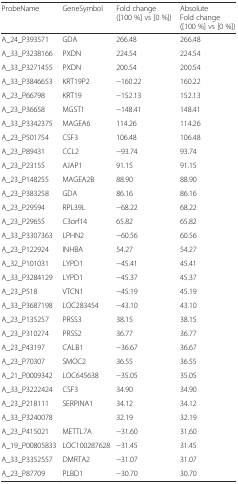
<table><thead><tr><td><b>ProbeName</b></td><td><b>GeneSymbol</b></td><td><b>Fold change ([100 %] vs [0 %])</b></td><td><b>Absolute Fold change ([100 %] vs [0 %])</b></td></tr></thead><tbody><tr><td>A_24_P393571</td><td>GDA</td><td>266.48</td><td>266.48</td></tr><tr><td>A_33_P3238166</td><td>PXDN</td><td>224.54</td><td>224.54</td></tr><tr><td>A_33_P3271455</td><td>PXDN</td><td>200.54</td><td>200.54</td></tr><tr><td>A_33_P3846653</td><td>KRT19P2</td><td>−160.22</td><td>160.22</td></tr><tr><td>A_23_P66798</td><td>KRT19</td><td>−152.13</td><td>152.13</td></tr><tr><td>A_23_P36658</td><td>MGST1</td><td>−148.41</td><td>148.41</td></tr><tr><td>A_33_P3342375</td><td>MAGEA6</td><td>114.26</td><td>114.26</td></tr><tr><td>A_23_P501754</td><td>CSF3</td><td>106.48</td><td>106.48</td></tr><tr><td>A_23_P89431</td><td>CCL2</td><td>−93.74</td><td>93.74</td></tr><tr><td>A_23_P23155</td><td>AJAP1</td><td>91.15</td><td>91.15</td></tr><tr><td>A_23_P148255</td><td>MAGEA2B</td><td>88.90</td><td>88.90</td></tr><tr><td>A_23_P383258</td><td>GDA</td><td>86.16</td><td>86.16</td></tr><tr><td>A_23_P29594</td><td>RPL39L</td><td>−68.22</td><td>68.22</td></tr><tr><td>A_23_P29655</td><td>C3orf14</td><td>65.82</td><td>65.82</td></tr><tr><td>A_33_P3307363</td><td>LPHN2</td><td>−60.56</td><td>60.56</td></tr><tr><td>A_23_P122924</td><td>INHBA</td><td>54.27</td><td>54.27</td></tr><tr><td>A_32_P101031</td><td>LYPD1</td><td>−45.41</td><td>45.41</td></tr><tr><td>A_33_P3284129</td><td>LYPD1</td><td>−45.37</td><td>45.37</td></tr><tr><td>A_23_P518</td><td>VTCN1</td><td>−45.19</td><td>45.19</td></tr><tr><td>A_33_P3687198</td><td>LOC283454</td><td>−43.10</td><td>43.10</td></tr><tr><td>A_23_P135257</td><td>PRSS3</td><td>38.15</td><td>38.15</td></tr><tr><td>A_23_P310274</td><td>PRSS2</td><td>36.77</td><td>36.77</td></tr><tr><td>A_23_P43197</td><td>CALB1</td><td>−36.67</td><td>36.67</td></tr><tr><td>A_23_P70307</td><td>SMOC2</td><td>36.55</td><td>36.55</td></tr><tr><td>A_21_P0009342</td><td>LOC645638</td><td>−35.05</td><td>35.05</td></tr><tr><td>A_33_P3222424</td><td>CSF3</td><td>34.90</td><td>34.90</td></tr><tr><td>A_23_P218111</td><td>SERPINA1</td><td>34.12</td><td>34.12</td></tr><tr><td>A_33_P3240078</td><td></td><td>32.19</td><td>32.19</td></tr><tr><td>A_23_P415021</td><td>METTL7A</td><td>−31.60</td><td>31.60</td></tr><tr><td>A_19_P00805833</td><td>LOC100287628</td><td>−31.45</td><td>31.45</td></tr><tr><td>A_33_P3352557</td><td>DMRTA2</td><td>−31.07</td><td>31.07</td></tr><tr><td>A_23_P87709</td><td>PLBD1</td><td>−30.70</td><td>30.70</td></tr></tbody></table>